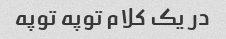
در یک کلام توپه توپه